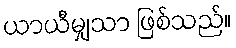
ယာယီမျှသာ ဖြစ်သည်။